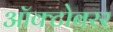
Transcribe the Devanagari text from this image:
ऑक्टोबरर